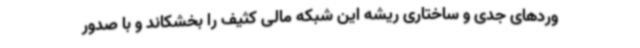
وردهای جدی و ساختاری ریشه این شبکه مالی کثیف را بخشکاند و با صدور